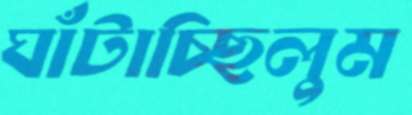
ঘাঁটাচ্ছিলুম